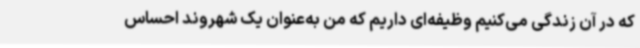
که در آن زندگی می‌کنیم وظیفه‌ای داریم که من به‌عنوان یک شهروند احساس